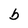
Character: b